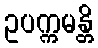
ဥပက္ကမန္တိ